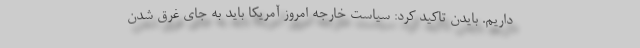
داریم. بایدن تاکید کرد: سیاست خارجه امروز آمریکا باید به جای غرق شدن